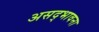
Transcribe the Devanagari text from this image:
असद्‍भावना